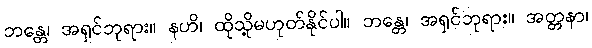
ဘန္တေ၊ အရှင်ဘုရား။ နဟိ၊ ထိုသို့မဟုတ်နိုင်ပါ။ ဘန္တေ၊ အရှင်ဘုရား။ အတ္တနာ၊